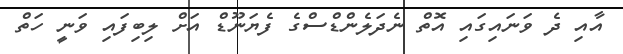
އާއި ދެ ވަނައިގައި އޮތް ނެދަލެންޑްސްގެ ފެޔަނޫޑް އަށް ލިބިފައި ވަނީ ހަތް